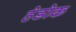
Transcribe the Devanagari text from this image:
हेडोक